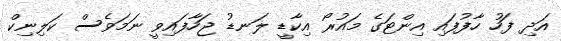
އަދި ފަހު ހާފުފައި އިންޓަގެ މައުރޯ އިކާޑީ ލަނޑު ޖަހާފައިވީ ނަމަވެސް ކަލިނިކް